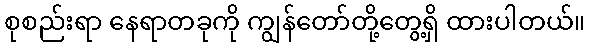
စုစည်းရာ နေရာတခုကို ကျွန်တော်တို့တွေ့ရှိ ထားပါတယ်။